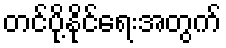
တင်ပို့နိုင်ရေးအတွက်